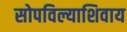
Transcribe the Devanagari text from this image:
सोपविल्याशिवाय